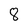
Character: 8